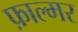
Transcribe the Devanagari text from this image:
फ़ाल्मर